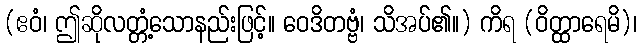
(ဧဝံ၊ ဤဆိုလတ္တံ့သောနည်းဖြင့်။ ဝေဒိတဗ္ဗံ၊ သိအပ်၏။) ကိရ (ဝိတ္ထာရေမိ)၊